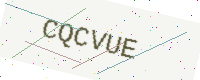
Text: CQCVUE